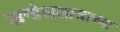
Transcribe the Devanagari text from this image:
खगोलशात्राच्या